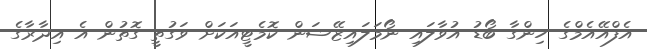
އެފްއޭއެމްގެ ހިންގާ ބޯޑު އުވާލައި ނޯމަލައިޒޭޝަން ކޮމެޓީއަކަށް ވަގުތީ ގޮތުން އެ އިދާރާގެ